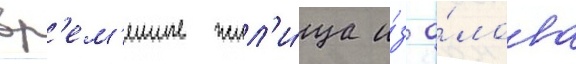
вр'ем'енные жил'и́ща и́з о́лова